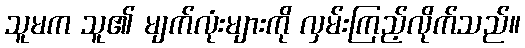
သူမက သူ၏ မျက်လုံးများကို လှမ်းကြည့်လိုက်သည်။